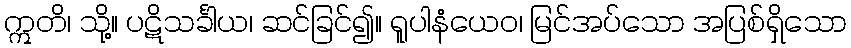
ဣတိ၊ သို့။ ပဋိသင်္ခါယ၊ ဆင်ခြင်၍။ ရူပါနံယေဝ၊ မြင်အပ်သော အပြစ်ရှိသော